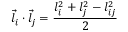
\vec { l } _ { i } \cdot \vec { l } _ { j } = \frac { l _ { i } ^ { 2 } + l _ { j } ^ { 2 } - l _ { i j } ^ { 2 } } { 2 }